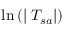
\ln \left( | \mathbf { \nabla } T _ { s a } | \right)